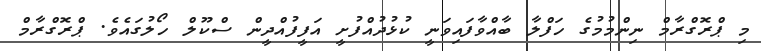
މި ޕްރޮގްރާމް ނިންމުމުގެ ހަފްލާ ބާއްވާފައިވަނީ ކުޅުދުއްފުށީ އަފީފުއްދީން ސްކޫލް ހޯލުގައެވެ. ޕްރޮގްރާމް